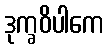
ဒုက္ခဝိပါကေ